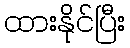
ထားနိုင်ပြီး